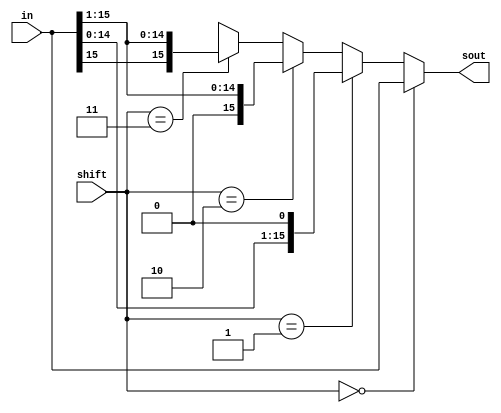
module shifter (in, shift, sout);
    input [15:0] in;
    input [1:0] shift;
    output [15:0] sout;
    reg [15:0] sout;

    always @(*) begin
        if (shift == 2'b00) begin
            sout = in; // No shift
        end else if (shift == 2'b01) begin
            sout = {in[14:0], 1'b0}; // LSL
        end else if (shift == 2'b10) begin
            sout = {1'b0, in[15:1]}; // RSL
        end else if (shift == 2'b11) begin
            sout = {in[15], in[15:1]}; // RSL MSB is B[15]
        end else begin
            sout = {16{1'bx}};
        end
    end
endmodule